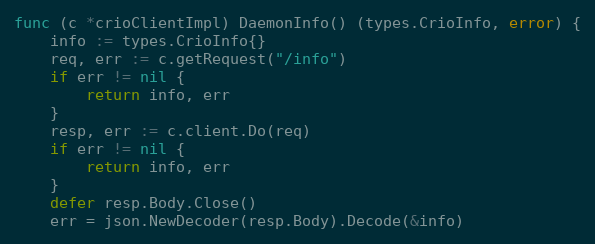
Language: Go
func (c *crioClientImpl) DaemonInfo() (types.CrioInfo, error) {
	info := types.CrioInfo{}
	req, err := c.getRequest("/info")
	if err != nil {
		return info, err
	}
	resp, err := c.client.Do(req)
	if err != nil {
		return info, err
	}
	defer resp.Body.Close()
	err = json.NewDecoder(resp.Body).Decode(&info)